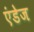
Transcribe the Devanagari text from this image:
एंडेज